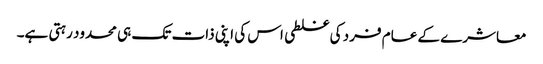
معاشرے کے عام فرد کی غلطی اس کی اپنی ذات تک ہی محدود رہتی ہے۔